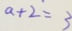
a + 2 = 3